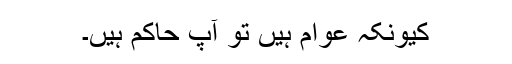
کیونکہ عوام ہیں تو آپ حاکم ہیں۔